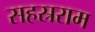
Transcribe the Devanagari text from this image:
सहस्रराम